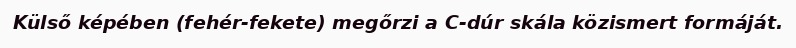
Külső képében (fehér-fekete) megőrzi a C-dúr skála közismert formáját.